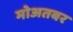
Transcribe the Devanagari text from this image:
मोअतबर